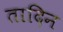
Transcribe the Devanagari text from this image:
तादिन